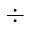
\div